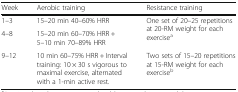
<table><thead><tr><td><b>Week</b></td><td><b>Aerobic training</b></td><td><b>Resistance training</b></td></tr></thead><tbody><tr><td>1–3</td><td>15–20 min 40–60% HRR</td><td rowspan="2">One set of 20–25 repetitions at 20-RM weight for each exercise<sup>a</sup></td></tr><tr><td>4–8</td><td>15–20 min 60–70% HRR + 5–10 min 70–89% HRR</td></tr><tr><td>9–12</td><td>10 min 60–75% HRR + Interval training: 10 × 30 s vigorous to maximal exercise, alternated with a 1-min active rest.</td><td>Two sets of 15–20 repetitions at 15-RM weight for each exercise<sup>b</sup></td></tr></tbody></table>